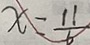
x = \frac { 1 1 } { 6 }